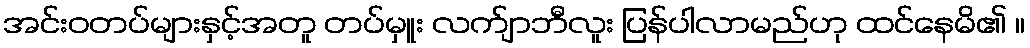
အင်းဝတပ်များနှင့်အတူ တပ်မှူး လက်ျာဘီလူး ပြန်ပါလာမည်ဟု ထင်နေမိ၏ ။